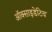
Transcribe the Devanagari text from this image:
ऑक्साइडेटिव